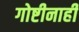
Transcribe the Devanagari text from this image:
गोष्टीनाही